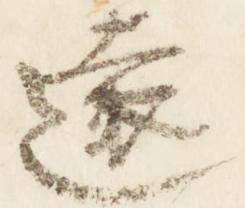
遠